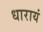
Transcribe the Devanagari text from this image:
धारायं